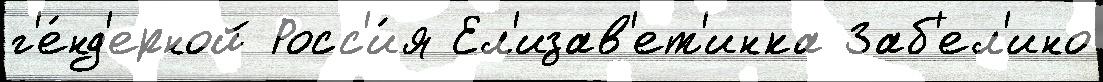
г'е́нд'ерной Росс'и́я Ел'изав'ет'инка Заб'ел'ино